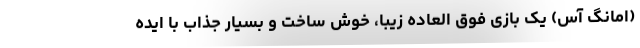
(امانگ آس) یک بازی فوق العاده زیبا، خوش ساخت و بسیار جذاب با ایده